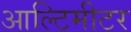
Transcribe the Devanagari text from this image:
आल्टिमीटर